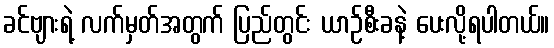
ခင်ဗျားရဲ့ လက်မှတ်အတွက် ပြည်တွင်း ယာဉ်စီးခနဲ့ ပေးလို့ရပါတယ်။